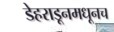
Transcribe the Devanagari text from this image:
डेहराडूनमधूनच